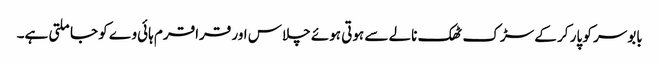
بابوسر کو پار کر کے سڑک ٹھک نالے سے ہوتی ہوئے چلاس اور قراقرم ہائی وے کو جا ملتی ہے۔